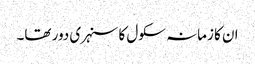
ان کا زمانہ سکول کا سنہری دور تھا۔